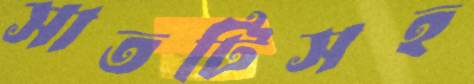
সাতটিসহ